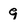
Character: 9